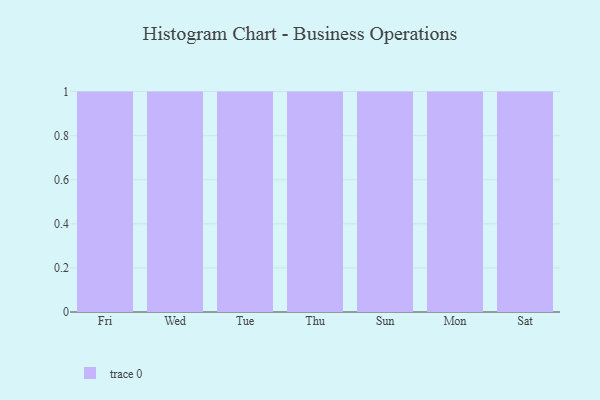
{"axis": {"x": "Day", "y": "LTV (USD)"}, "legend": [""], "data": [{"x": "Fri", "y": 30, "type": ""}, {"x": "Wed", "y": 47, "type": ""}, {"x": "Tue", "y": 12, "type": ""}, {"x": "Thu", "y": 89, "type": ""}, {"x": "Sun", "y": 53, "type": ""}, {"x": "Mon", "y": 76, "type": ""}, {"x": "Sat", "y": 59, "type": ""}]}